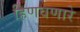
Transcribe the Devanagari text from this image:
हिणवणारे